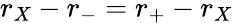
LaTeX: r_{X}-r_{-}=r_{+}-r_{X}